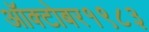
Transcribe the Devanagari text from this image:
ऑक्‍टोबर१९८३